Insane asylums in Bengal annual reports 1867-1875 - 1867-1875
Year: 1867
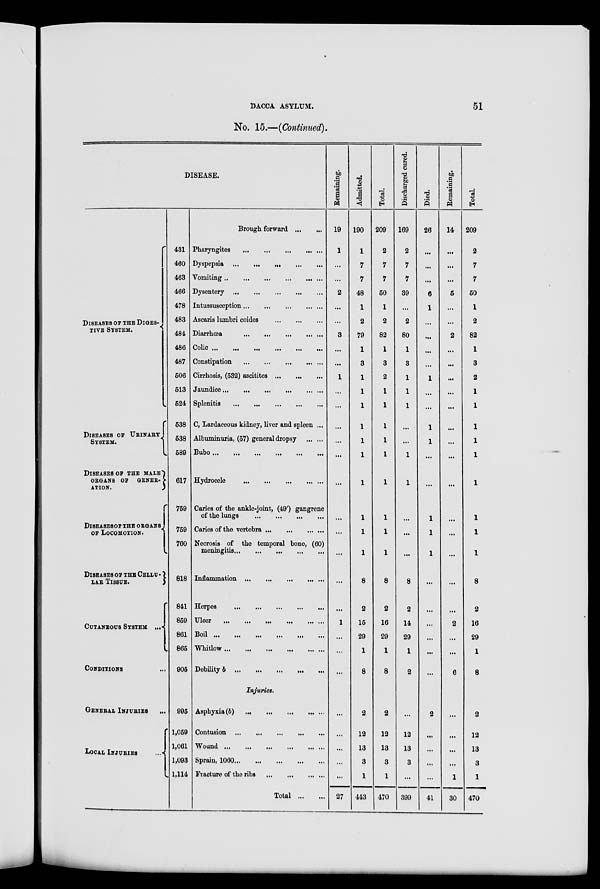
DACCA ASYLUM.
51
No. 15.—(Continued).
DISEASE.
DISEASES OF THE DIGES-
TIVE SYSTEM.
DISEASES OF URINARY
SYSTEM.
DISEASES OF THE MALE
ORGANS OF GENER -
ATION.
DISEASES OF THE ORGAN
OF LOCOMOTION.
DISEASES OF THE CELLU-
LAR TISSUE.
CUTANEOUS SYSTEM ...
CONDITIONS ...
GENERAL INJURIES ...
LOCAL
INJURIES
...
431
460
463
466
478
483
484
486
487
506
513
524
538
538
589
617
759
759
760
818
841
859
861
865
905
995
1,059
1,061
1,093
1,114
Brough forward ... ... ... ... ...
Pharyngites
...
...
...
...
...
Dyspepsia
...
...
...
...
...
Vomiting ... ... ... ... ... ...
Dysentery
...
...
...
...
...
Intussusception ... ... ... ... ...
Ascaris lumbri coides
...
...
...
Diarrhœa
...
...
...
...
...
Colic
...
...
...
...
...
...
Constipation
...
...
...
...
...
Cirrhosis, (532) ascitites
...
...
...
Jaundice
...
...
...
...
Splenitis ... ... ... ... ... ...
C, Lardaceous kidney, liver and spleen ...
Albuminuria, (57) general dropsy ... ...
Bubo
...
...
...
...
Hydrocele
...
...
...
...
Caries of the ankle-joint, (49') gangrene
of the lungs
...
...
...
Caries of the vertebra ... ... ... ...
Necrosis of the temporal bone, (60)
meningitis ... ... ... ... ...
Inflammation ... ... ... ... ...
Herpes
...
...
...
...
...
Ulcer
...
...
...
...
...
...
Boil ...
...
...
...
...
...
Whitlow
...
...
...
...
...
Debility b
...
...
...
...
...
Injuries.
Asphyxia (b) ... ... ... ... ...
Contusion ... ... ... ... ... ...
Wound ... ... ... ... ... ... ...
Sprain, 1060
...
...
...
...
Fracture of the ribs ... ... ... ...
Total ... ...
Remaining.
19
1
...
...
2
...
...
3
...
...
1
...
...
...
...
...
...
...
...
...
...
...
1
...
...
...
...
...
...
...
...
27
Admitted.
190
1
7
7
48
1
2
79
1
3
1
1
1
1
1
1
1
1
1
1
8
2
15
29
1
8
2
12
13
3
1
413
Total.
209
2
7
7
50
1
2
82
1
3
2
1
1
1
1
1
1
1
1
1
8
2
16
29
1
8
2
12
13
3
1
470
Discharged cured.
169
2
7
7
39
...
2
80
1
3
1
1
1
...
...
1
1
...
...
...
8
2
14
29
1
2
...
12
13
3
...
399
Died.
26
...
...
...
6
1
...
...
...
...
1
...
...
1
1
...
...
1
1
1
...
...
...
...
...
...
2
...
...
...
...
41
Remaining.
14
...
...
...
5
...
...
2
...
...
...
...
...
...
...
...
...
...
...
...
...
...
2
...
...
6
...
...
...
...
1
30
Total.
209
2
7
7
50
1
2
82
1
3
2
1
1
1
1
1
1
1
1
1
8
2
16
29
1
8
2
12
13
3
1
470